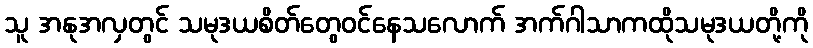
သူ အနုအလှတွင် သမုဒယစိတ်တွေဝင်နေသလောက် အက်ဂါသာကထိုသမုဒယတို့ကို